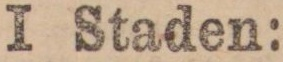
I Staden: